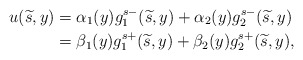
\begin{align*} u(\widetilde{s},y) &= \alpha_1(y)g_1^{s-}(\widetilde{s},y)+\alpha_2(y)g_2^{s-}(\widetilde{s},y)\\ &= \beta_1(y)g_1^{s+}(\widetilde{s},y)+\beta_2(y)g_2^{s+}(\widetilde{s},y), \end{align*}